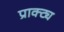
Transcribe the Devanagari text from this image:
प्राक्ट्य